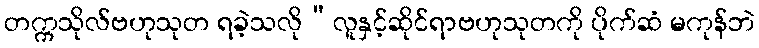
တက္ကသိုလ်ဗဟုသုတ ရခဲ့သလို”လူနှင့်ဆိုင်ရာဗဟုသုတကို ပိုက်ဆံ မကုန်ဘဲ